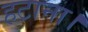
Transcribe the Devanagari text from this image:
हटाना।